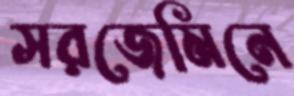
সরজেমিনে